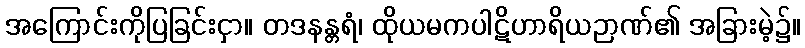
အကြောင်းကိုပြခြင်းငှာ။ တဒနန္တရံ၊ ထိုယမကပါဋိဟာရိယဉာဏ်၏ အခြားမဲ့၌။